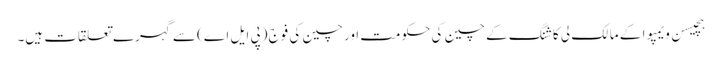
ہچیسن ویمپوا کے مالک لی کا شنگ کے چین کی حکومت اور چین کی فوج (پی ایل اے) سے گہرے تعلقات ہیں۔